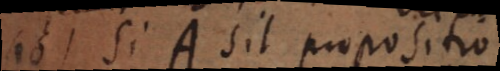
16) Si A sit propositio,